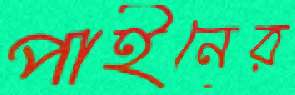
পাইনের